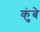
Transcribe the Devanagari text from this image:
कुंबे